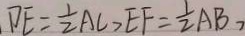
D E = \frac { 1 } { 2 } A C > E F = \frac { 1 } { 2 } A B ,